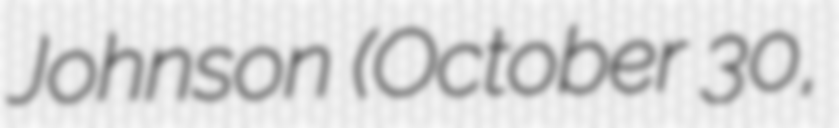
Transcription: Johnson (October 30,